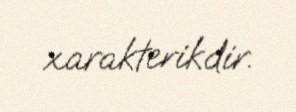
xarakterikdir.